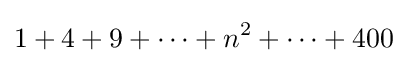
1+4+9+\cdots +n^{2}+\cdots +400